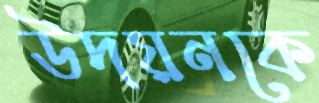
উদয়নকে